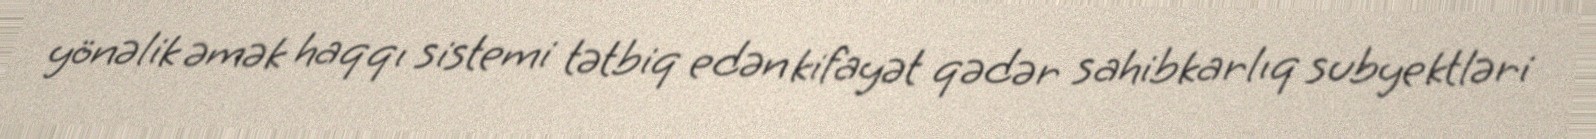
yönəlik əmək haqqı sistemi tətbiq edən kifayət qədər sahibkarlıq subyektləri